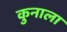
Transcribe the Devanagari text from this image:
कुनाला